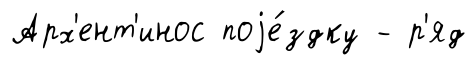
Арх'ент'инос поjе́здку - р'яд